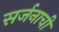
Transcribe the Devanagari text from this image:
सर्जनाची